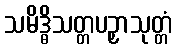
သမိဒ္ဓိသတ္တပဉှာသုတ္တံ